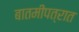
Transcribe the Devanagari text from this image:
बातमीपत्रात